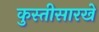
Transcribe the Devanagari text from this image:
कुस्तीसारखे